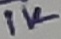
Text: 1K